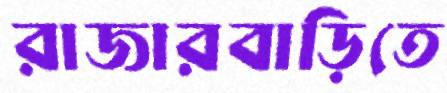
রাজারবাড়িতে